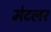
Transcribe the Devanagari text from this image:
मेटलर